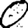
Digit: 0